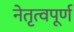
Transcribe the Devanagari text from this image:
नेतृत्वपूर्ण